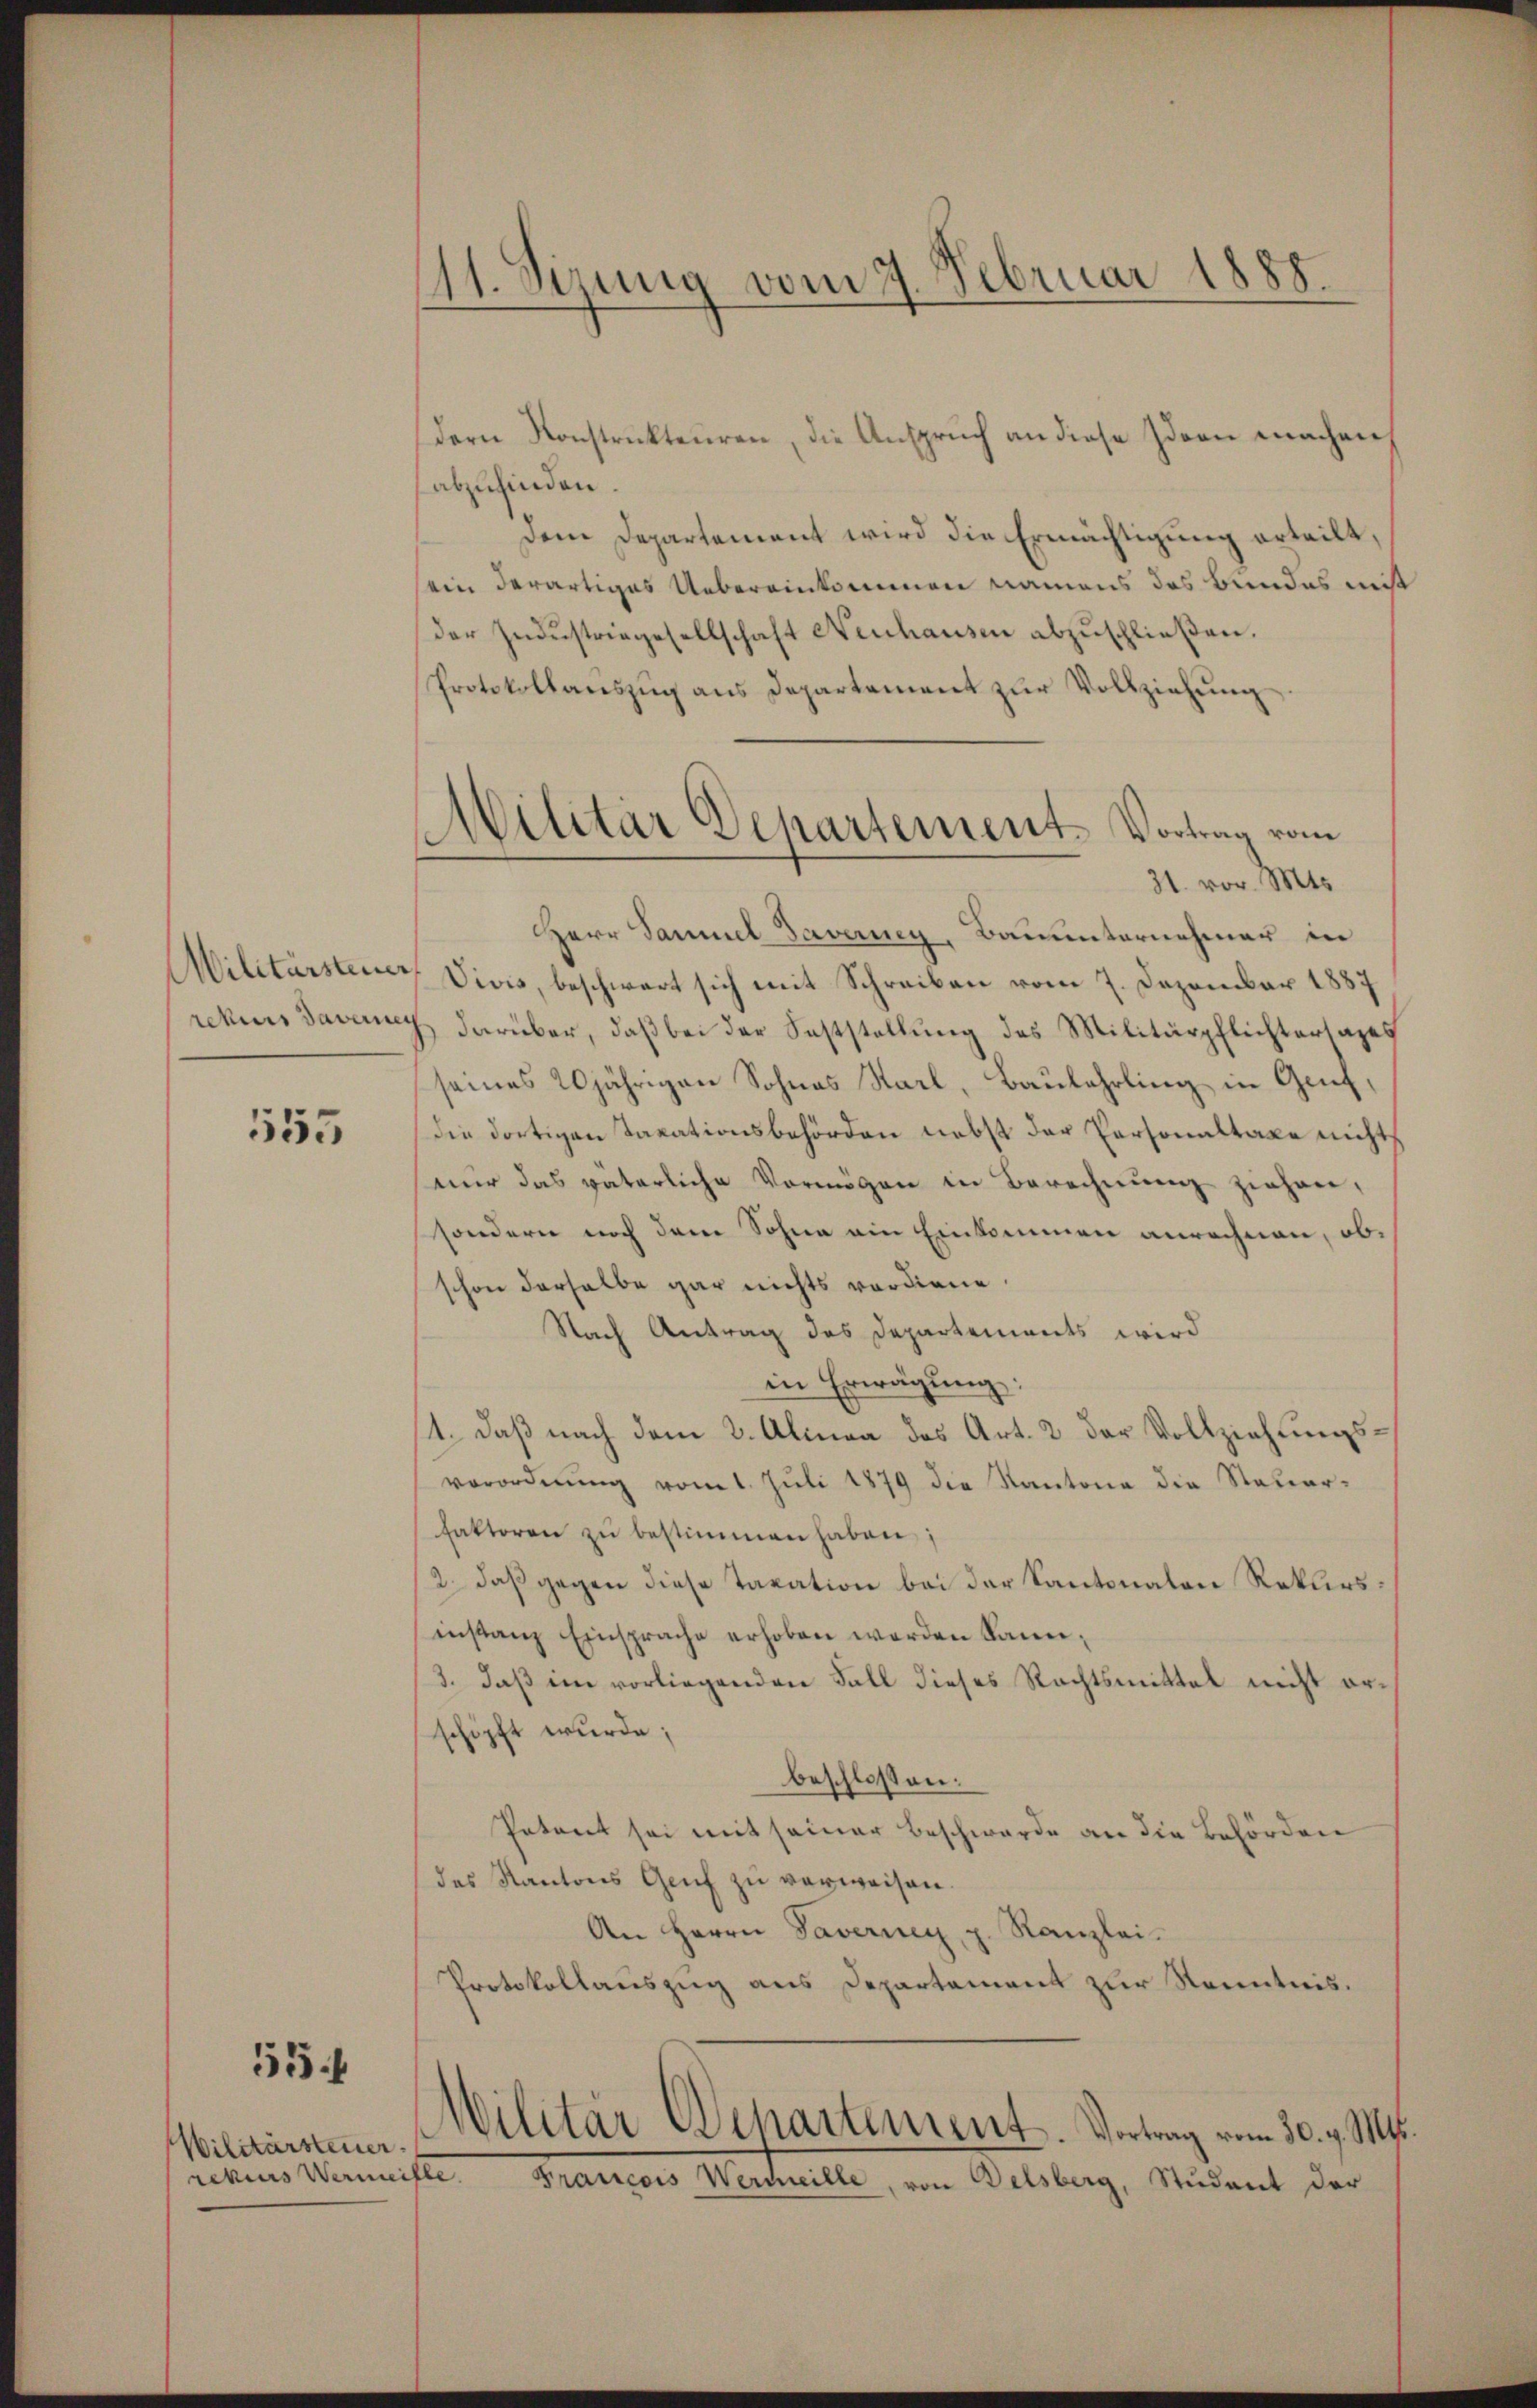
Militärsteiner

553

55.

Wilitärsteuer.
rekurs Wermei

11. Sizung vom 7. Februar 1888.

Militär Departement-Vortrag vom

dern Konstrukteuren, die Anspruch an diese Ideen machen
abzufinden.
Dem Departement wird die Ermächtigung erteilt,
sein derartiges Uebereinkommen namens das Bundes miß
der Industriegesellschaft Neuhausen abzuschließen.
Protokollaŭszŭg ans Departement zŭr Vollziehŭng.
31. vor. Mts.
Herr Sammel Daverneg, Bauunternehmer in
4 Vivis, beschwert sich mit Schreiben vom 7. Dezember 1887
rekurs daverny darüber, daß bei der Feststellung des Militärpflichtersages
seines 20jährigen Sohnes Starl, Baulehrling in Genf,
die dortigen Taxationsbehörden nebst der Personaltaxe nichts
nur das väterliche Vermögen in Berechnung ziehen,
sondern noch dem Sohne ein Einkommen anrechnen, obschon derselbe gar nichts verdiene.
Nach Antrag des Departements wird
in Erwägung:
11. daß nach dem 3. Alinea des Art. 2 der Vollziehungsverordnŭng vom 1. Jŭli 1879 die Kantone die Nater-
faktoren zŭ bestimmen haben;
2., daß gegen diese Taxation bei der Kantonalen Rekursinstanz Einsprache erhoben werden kann,
/3. daß im vorliegenden Fall dieses Rechtsmittal nicht erschöpft wurde;
beschlossen:
Petent sei mit seiner Beschwerde an die Behörden
das Kantons Genf zŭ verweisen.
An Herrn Tavernen, z. Kanzlei-
Protokollauszug aus Departement zur Kenntnis.
Wilitär Departement. Vortrag vom 30. v. Mts.
In
Francois Wermeille, von Delsberg, Student der